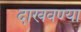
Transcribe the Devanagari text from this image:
दाखवण्या